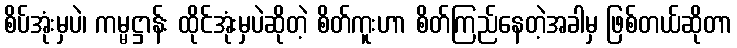
စိပ်အုံးမှပဲ၊ ကမ္မဋ္ဌာန်း ထိုင်အုံးမှပဲဆိုတဲ့ စိတ်ကူးဟာ စိတ်ကြည်နေတဲ့အခါမှ ဖြစ်တယ်ဆိုတာ